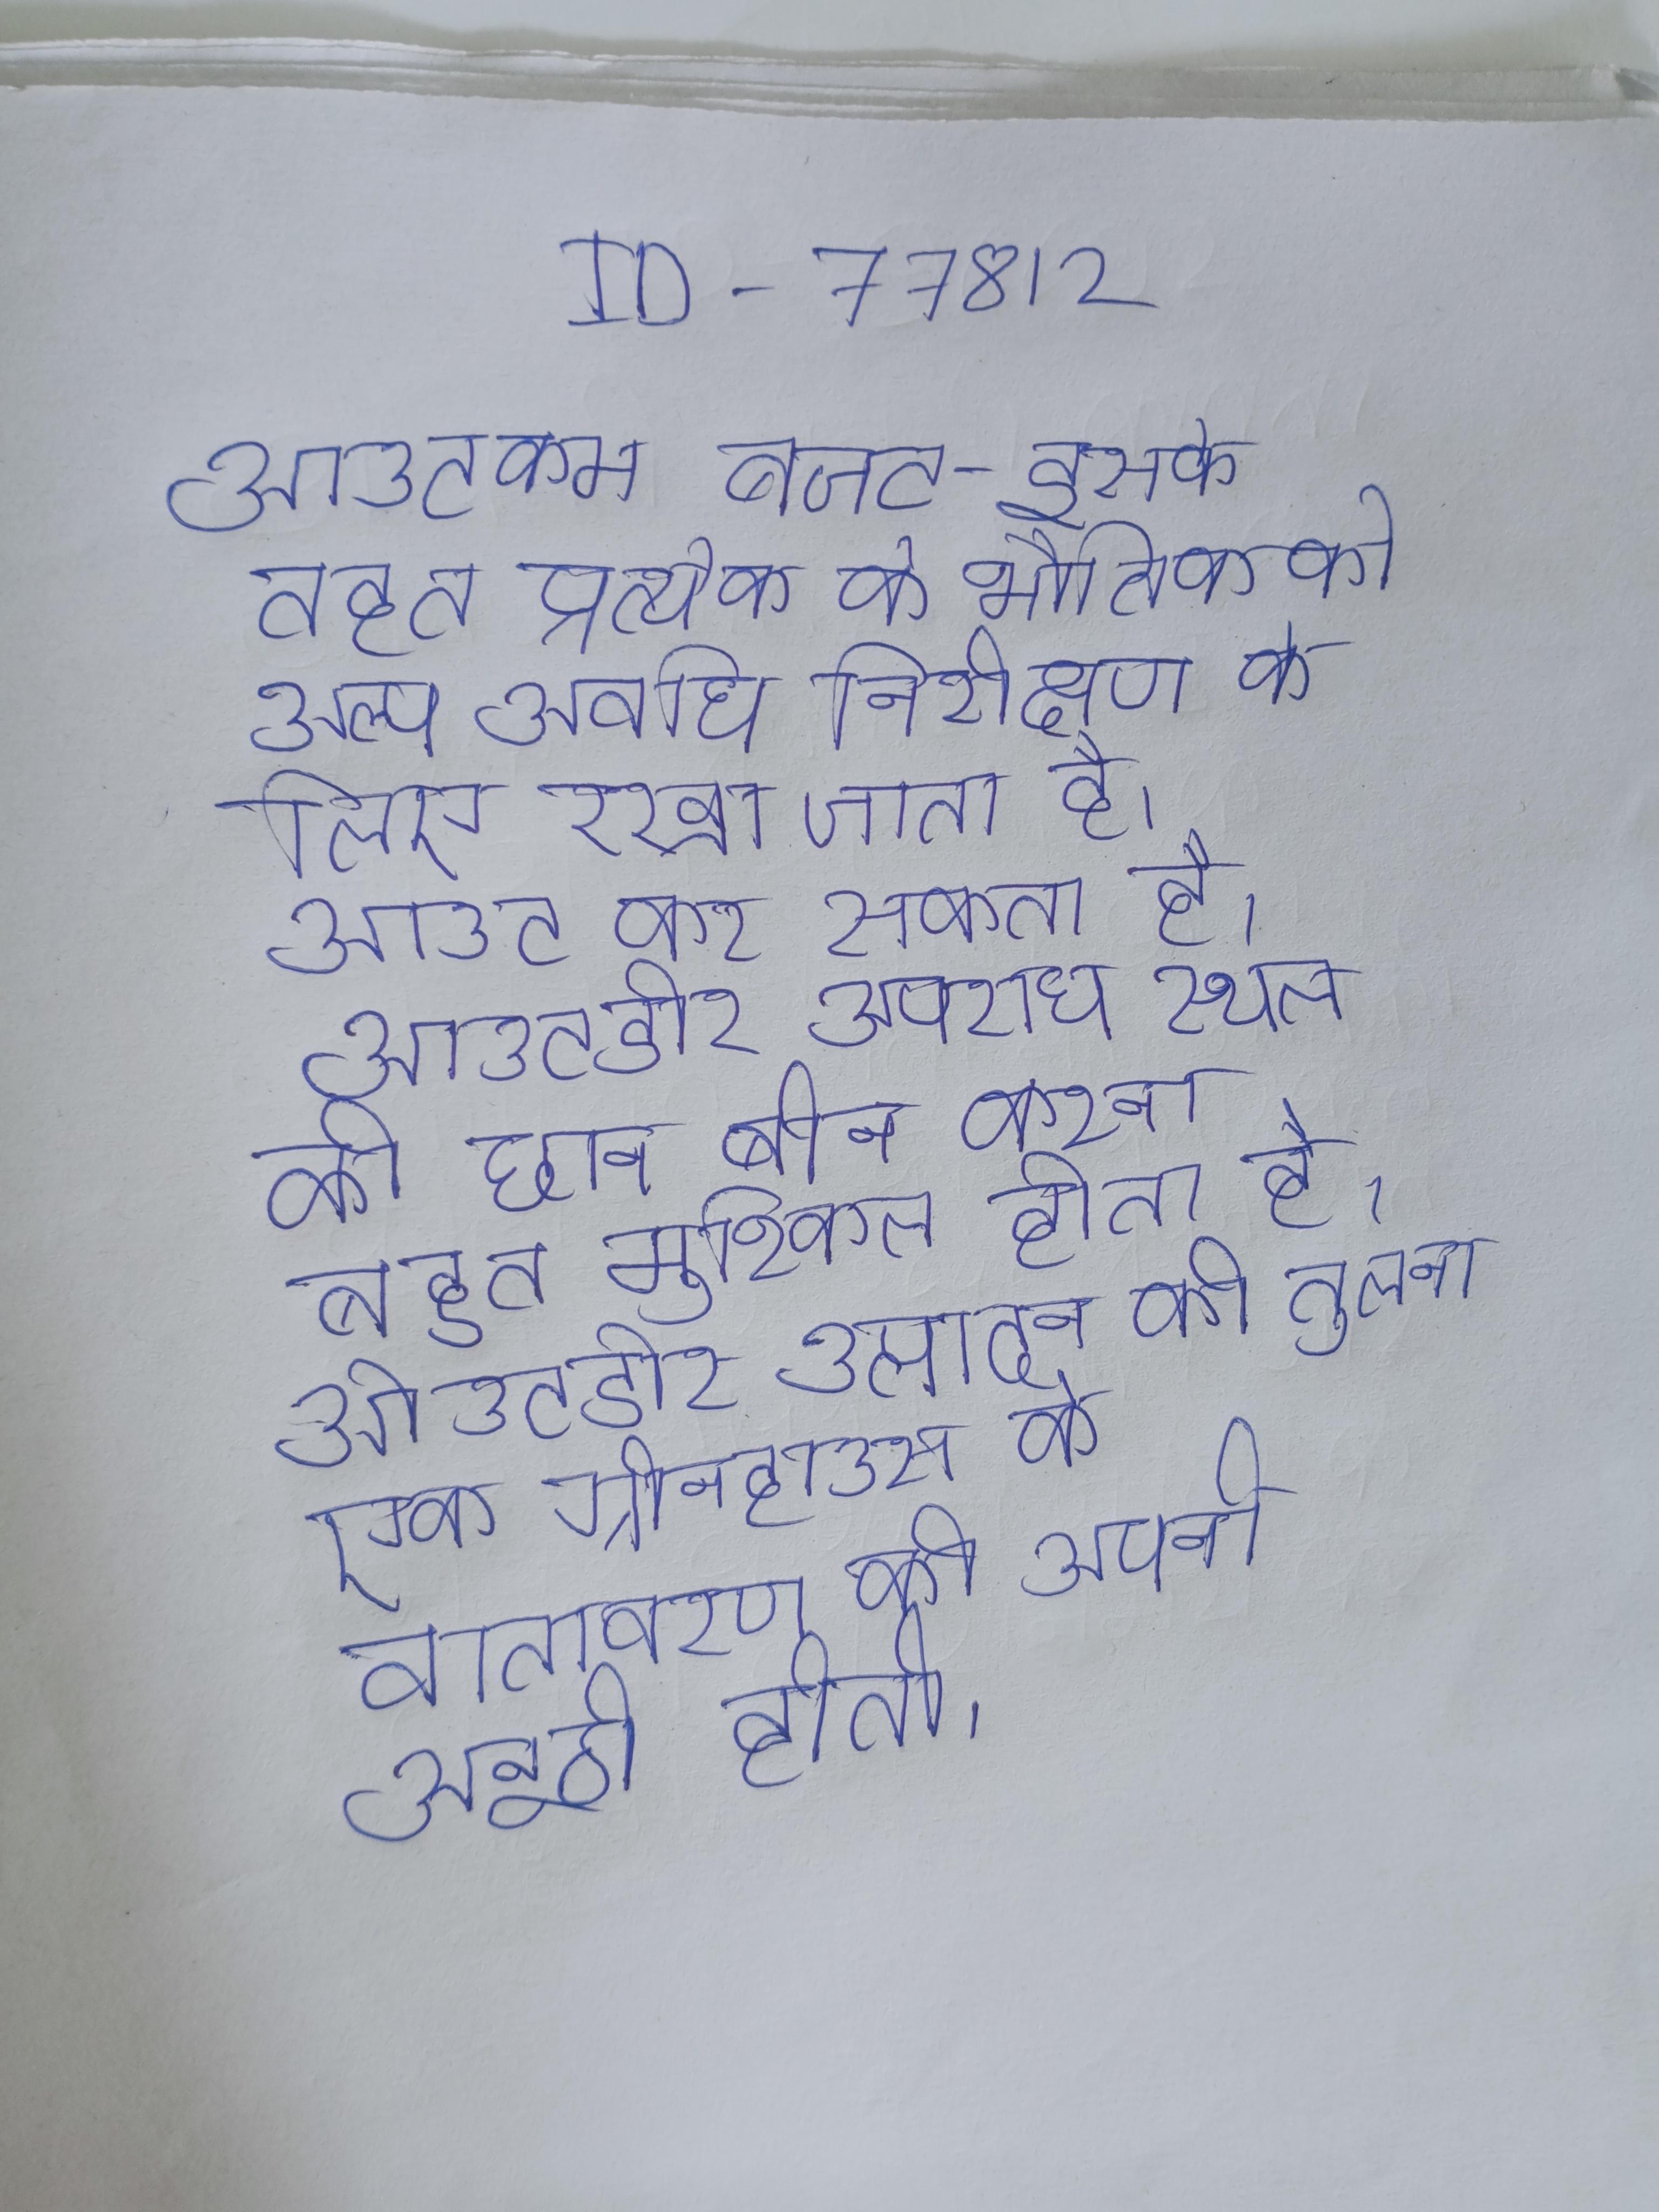
आउटकम बजट -- इसके तहत प्रत्येक के भौतिक को अल्प अवधि निरीक्षण के लिए रखा जाता है । आउट कर सकता है । आउटडोर अपराध स्थल की छान बीन करना बहुत मुश्किल होता है । आउटडोर उत्पादन की तुलना एक ग्रीनहाउस के वातावरण की अपनी अनूठी होती ।